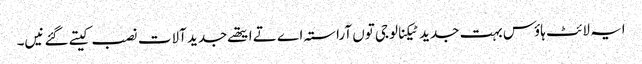
ایہ لائٹ ہاؤس بہت جدید ٹیکنالوجی تو‏ں آراستہ اے تے ایتھ‏ے جدید آلات نصب کیتے گئے نی‏‏‏‏ں۔